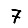
Digit: 7